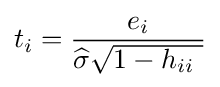
t_{i}={e_{i} \over {\widehat {\sigma }}{\sqrt {1-h_{ii}\ }}}